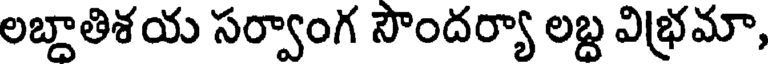
లబ్దాతిశయ సర్వాంగ సౌందర్యా లబ్ద విభ్రమా,